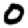
Digit: 0